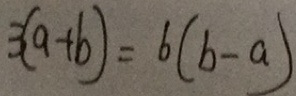
3 ( a + b ) = 6 ( b - a )